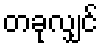
တခုလျှင်